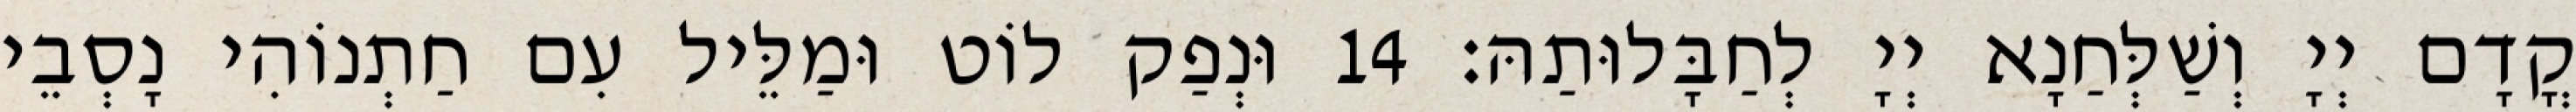
קֳדָם יְיָ וְשַׁלְּחַנָא יְיָ לְחַבָּלוּתַהּ׃ 14 וּנְפַק לוֹט וּמַלֵּיל עִם חַתְנוֹהִי נָסְבֵי